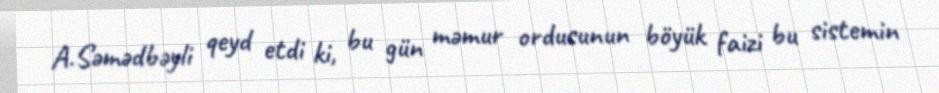
A.Səmədbəyli qeyd etdi ki, bu gün məmur ordusunun böyük faizi bu sistemin